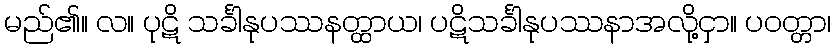
မည်၏။ လ။ ပုဋိ သင်္ခါနုပဿနတ္ထာယ၊ ပဋိသင်္ခါနုပဿနာအလို့ငှာ။ ပဝတ္တာ၊